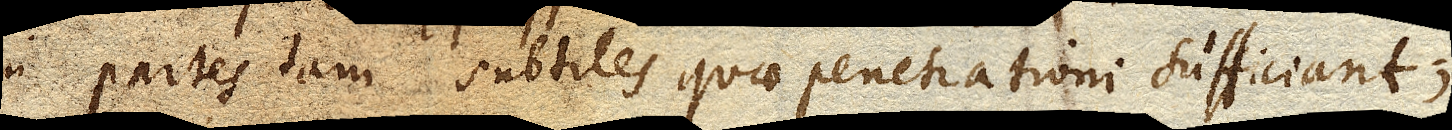
in partes tam subtiles quae penetrationi sufficiant;